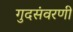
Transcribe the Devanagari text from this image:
गुदसंवरणी